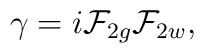
{\gamma}=i{\cal F}_{2g}{\cal F}_{2w},